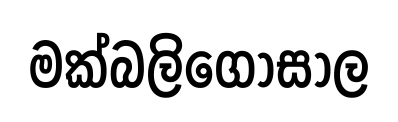
මක්බලිගෝසාල